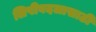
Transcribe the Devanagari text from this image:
लिपीबदलासाठी